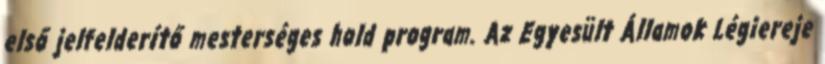
első jelfelderítő mesterséges hold program. Az Egyesült Államok Légiereje